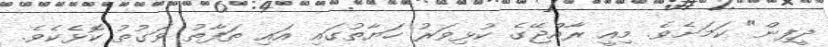
ދީފިން" ކަމަށެވެ. މިއީ ރާއްޖޭގެ ކުޅިވަރު ހަޔާތުގައި އައި ތަފާތު ވަގުތު ކޮޅެކެވެ.